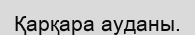
Қарқара ауданы.